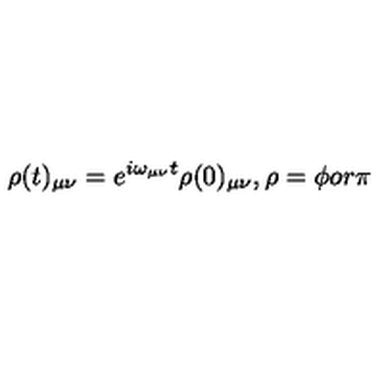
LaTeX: \rho ( t ) _ { \mu \nu } = e ^ { i \omega _ { \mu \nu } t } \rho ( 0 ) _ { \mu \nu } , \rho = \phi o r \pi